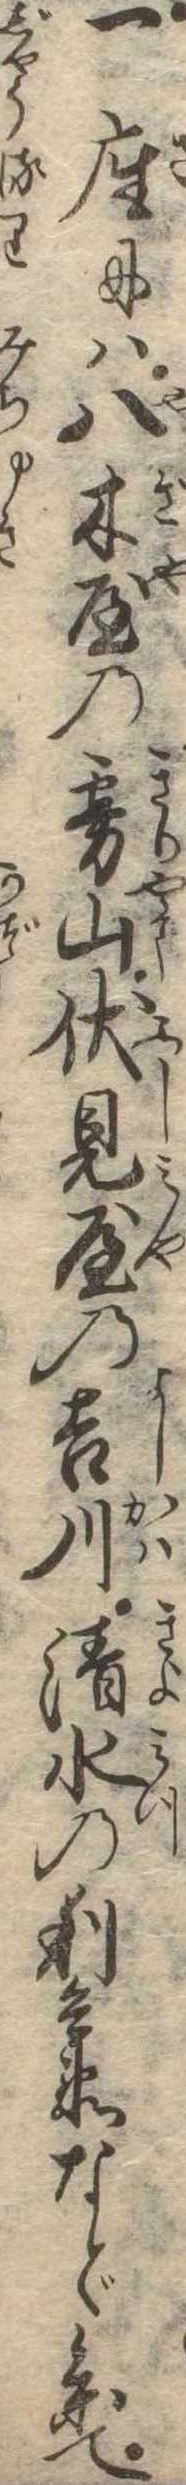
一座には八木屋の霧山伏見屋の吉川清水の利兵衛など参て